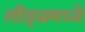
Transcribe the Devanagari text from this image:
लीड्समध्ये